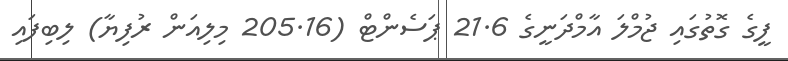
ފީގެ ގޮތުގައި ޖުމްލަ އާމްދަނީގެ 21.6 ޕަސެންޓް (205.16 މިލިއަން ރުފިޔާ) ލިބިފައި